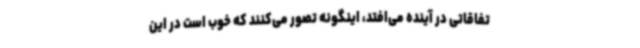
تفاقاتی در آینده می‌افتد، اینگونه تصور می‌کنند که خوب است در این